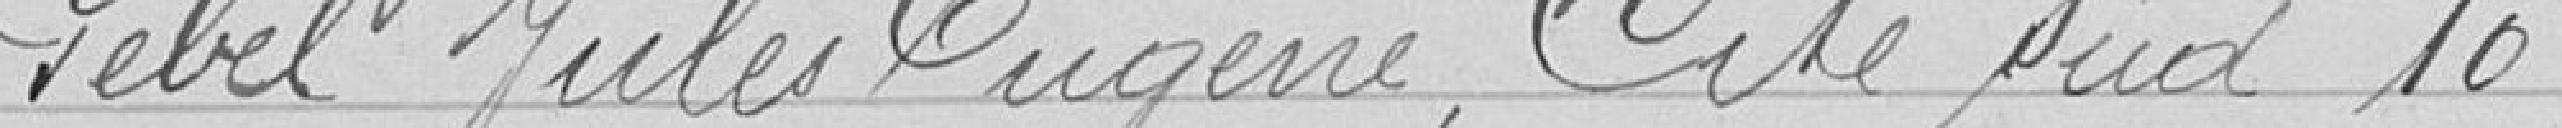
Pebel Jules Eugène, Cité sud 10